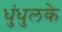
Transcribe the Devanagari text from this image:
धुंधुलके